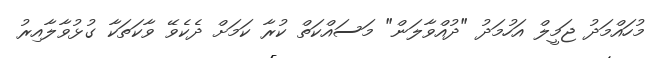
މުހައްމަދު ޖަމީލް އަހުމަދު "ދުއްވާލަން" މަސައްކަތް ކުރާ ކަމަށް ދެކެވޭ ވާކަތަކާ ގުޅުވާލާއިރު